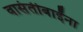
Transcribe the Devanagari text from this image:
वासंतीबाईंना